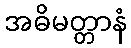
အဓိမတ္တာနံ